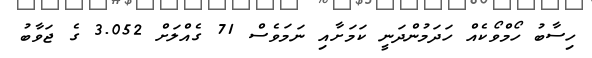
ހިސާބު ހޯމްވޯކެއް ހަދަމުންދަނީ ކަމަށާއި ނަމަވެސް 71 ގެއްލަށް 3.052 ގެ ޖަވާބު